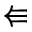
\Lleftarrow